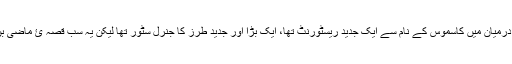
بازار کے درمیان میں کاسموس کے نام سے ایک جدید ریسٹورنٹ تھا، ایک بڑا اور جدید طرز کا جنرل سٹور تھا لیکن یہ سب قصہ ئ ماضی بن چکا ہے۔